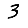
Digit: 3